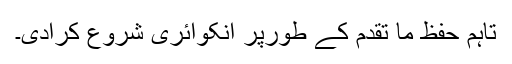
تاہم حفظ ما تقدم کے طورپر انکوائری شروع کرادی۔